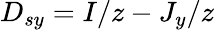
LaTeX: D_{sy}=I/z-J_{y}/z